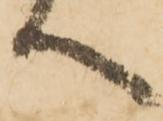
へ